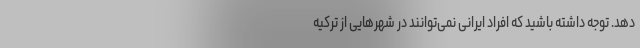
دهد. توجه داشته باشید که افراد ایرانی نمی‌توانند در شهرهایی از ترکیه